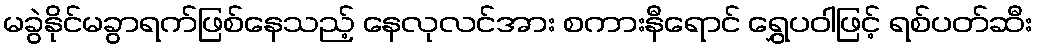
မခွဲနိုင်မခွာရက်ဖြစ်နေသည့် နေလုလင်အား စကားနီရောင် ရွှေပဝါဖြင့် ရစ်ပတ်ဆီး